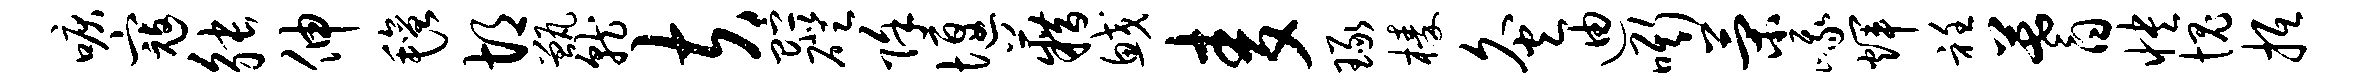
唳寇觖伸毡胡甑就夫贮磴除堰籍鲛麦琢榛灸迪嘶策峨辉衽蓍怏愧抵